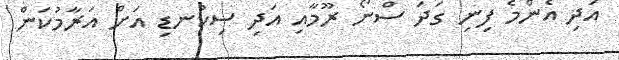
އަދި އެންމެ ފިނި ގަދަ ސްނޯ ރޫމާއި އަދި ސިކުނޑި އަށް އަރާމުކަން